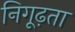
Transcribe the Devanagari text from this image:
निगूढ़ता